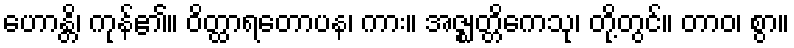
ဟောန္တိ၊ ကုန်၏။ ဝိတ္ထာရတောပန၊ ကား။ အဇ္ဈတ္တိကေသု၊ တို့တွင်။ တာဝ၊ စွာ။